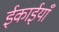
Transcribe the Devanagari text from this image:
ईकाईयाँ